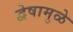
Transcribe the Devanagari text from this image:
द्वेषामुळे